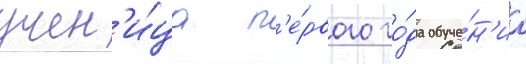
учен'и́ца п'е́рвого го́да обуче́н'иа